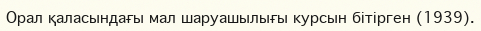
Орал қаласындағы мал шаруашылығы курсын бітірген (1939).